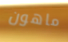
ماهون